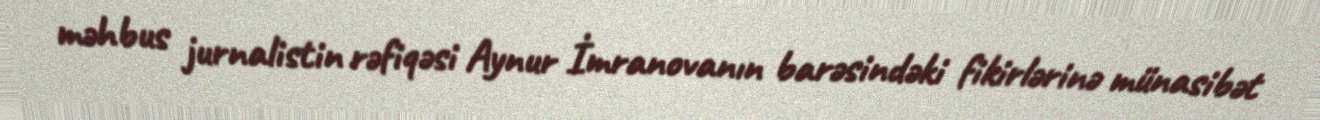
məhbus jurnalistin rəfiqəsi Aynur İmranovanın barəsindəki fikirlərinə münasibət